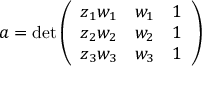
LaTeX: a = \operatorname* { d e t } { \left( \begin{array} { l l l } { z _ { 1 } w _ { 1 } } & { w _ { 1 } } & { 1 } \\ { z _ { 2 } w _ { 2 } } & { w _ { 2 } } & { 1 } \\ { z _ { 3 } w _ { 3 } } & { w _ { 3 } } & { 1 } \end{array} \right) }